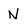
Character: N